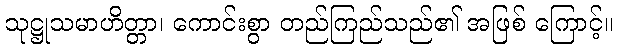
သုဋ္ဌုသမာဟိတ္တာ၊ ကောင်းစွာ တည်ကြည်သည်၏ အဖြစ် ကြောင့်။